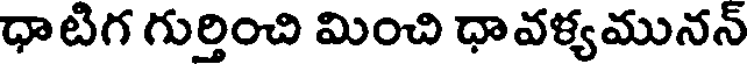
ధాటిగ గుర్తించి మించి ధావళ్యమునన్